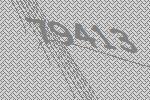
79413